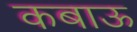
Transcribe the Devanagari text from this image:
कबाऊ